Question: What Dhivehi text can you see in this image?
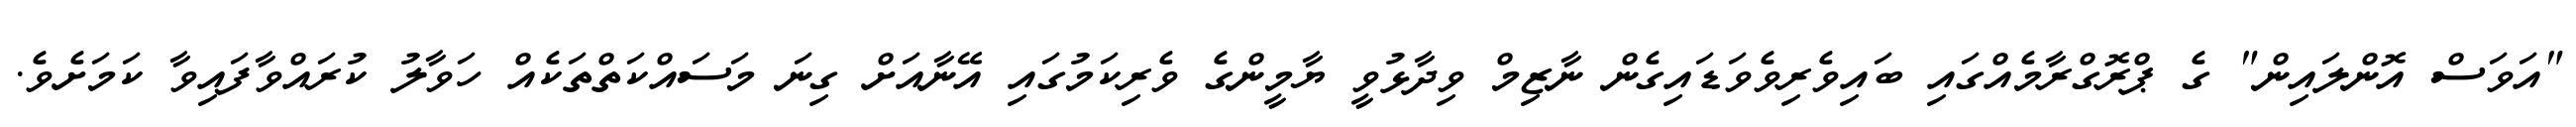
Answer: "އަވަސް އޮންލައިން" ގެ ޕްރޮގްރާމެއްގައި ބައިވެރިވެވަޑައިގެން ނާޒިމް ވިދާޅުވީ ޔާމީންގެ ވެރިކަމުގައި އޭނާއަށް ގިނަ މަސައްކަތްތަކެއް ހަވާލު ކުރައްވާފައިވާ ކަމަށެވެ.